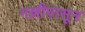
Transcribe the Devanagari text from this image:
गल्लीपासून